Report of the Municipal Commissioner on the plague in Bombay for the year ending 31st May... - Volume 2
Disease focus: Plague
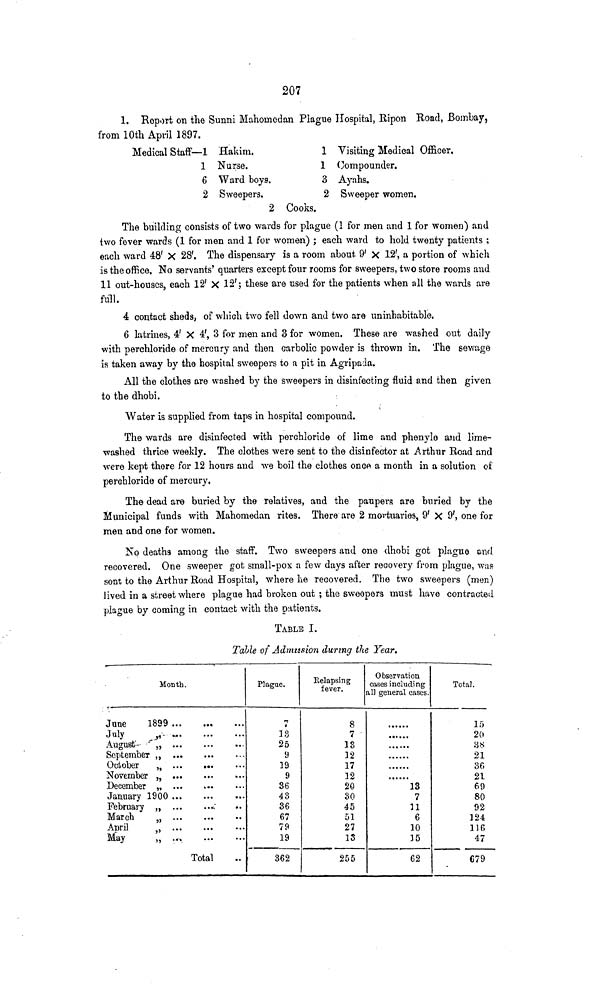
207
1. Report on the Sunni Mahometan Plague Hospital, Ripon Road, Bombay,
from 10th April 1897.
Medical Staff— 1 Hakim.
1 Nurse.
6 Ward boys.
2 Sweepers.
2
1 Visiting Medical Officer.
1 Compounder.
3 Ayahs.
2 Sweeper women.
Cooks.
The building consists of two wards for plague (1 for men and 1 for women) and
two fever wards (1 for men and 1 for women) ; each ward to hold twenty patients ;
each ward 48' X 28'. The dispensary is a room about 9' X 12', a portion of which
is the office. No servants' quarters except four rooms for sweepers, two store rooms and
11 out-houses, each 12' X 12'; these are used for the patients when all the wards are
full.
4 contact sheds, of which two fell down and two are uninhabitable.
6 latrines, 4' X 4', 3 for men and 3 for women. These are washed out daily
with perchloride of mercury and then carbolic powder is thrown in. The sewage
is taken away by the hospital sweepers to a pit in Agripada.
All the clothes are washed by the sweepers in disinfecting fluid and then given
to the dhobi.
Water is supplied from taps in hospital compound.
The wards are disinfected with perchloride of lime and phenylo and lime-
washed thrice weekly. The clothes were sent to the disinfector at Arthur Road and
were kept there for 12 hours and we boil the clothes once a month in a solution of
perohloride of mercury.
The dead are buried by the relatives, and the paupers are buried by the
Municipal funds with Mahomedan rites. There are 2 mortuaries, 9' X 9', one for
men and one for women.
No deaths among the staff. Two sweepers and one dhobi got plague and
recovered. One sweeper got small-pox a few days after recovery from plague, was
sent to the Arthur Road Hospital, where he recovered. The two sweepers (men)
Jived in a street where plague had broken out ; the sweepers must have contracted
plague by coming in contact with the patients.
TABLE I.
Tatle of Admission during the Year.
Month.
June
1899
July
y
August- *" „
September ,,
October
„
November „
December „
January 1900
February „
;
March
„
April
„
May
„ .«
Total
Plague.
n i
13
25
9
19
9
36
43
36
67
79
19
362
Relapsing
fever.
8
7
IS
12
17
12
20
30
45
51
27
13
255
Observation
cases including
all general cases.
". "!!!
*13
7
11
6
10
]5
62
Total.
15
20
3 IS
21
36
21
69
80
92
124
1)6
47
679